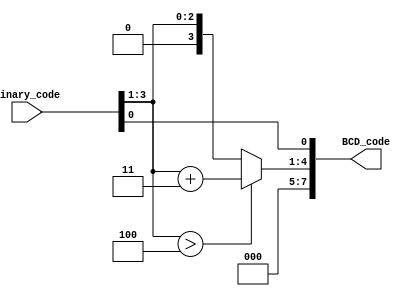
//############################################################################
//++++++++++++++++++++++++++++++++++++++++++++++++++++++++++++++++++++++++++++
//   Module Name : B2BCD_IP
//++++++++++++++++++++++++++++++++++++++++++++++++++++++++++++++++++++++++++++
//############################################################################
module B2BCD_IP
#(parameter WIDTH = 4, parameter DIGIT = 2)   // input width
  ( input      [WIDTH-1:0] Binary_code   ,  // binary
    output reg [4*DIGIT-1:0] BCD_code   ); // bcd {...,thousands,hundreds,tens,ones}
   
integer i,j;

reg [4:0] in1,in2,in3,in4,in5,in6;
wire[4:0] out1,out2,out3,out4,out5,out6;

SA1  M1(.SA_in1(in1), .SA_out1(out1));
SA2  M2(.SA_in2(in2), .SA_out2(out2));
SA3  M3(.SA_in3(in3), .SA_out3(out3));
SA4  M4(.SA_in4(in4), .SA_out4(out4));
SA5  M5(.SA_in5(in5), .SA_out5(out5));
SA6  M6(.SA_in6(in6), .SA_out6(out6));

	
always @(*) 
begin
    for(i=0;i<=DIGIT*4-1;i=i+1) BCD_code[i]=0;
    BCD_code[WIDTH-1:0]=Binary_code;                                   
    for(i=0;i<WIDTH-3;i=i+1)
    begin      
        for(j=0;j<=i/3;j=j+1) 
        begin
            if(BCD_code[WIDTH-i+4*j-:4]>4)
            BCD_code[WIDTH-i+4*j-:4]=BCD_code[WIDTH-i+4*j-:4]+3; 
        end     
    end  
end
endmodule


module SA1 (SA_in1, SA_out1);
input [4:0] SA_in1;
output reg [4:0] SA_out1;
always @(*) 
begin
    if (SA_in1==5) SA_out1=SA_in1 + 3;
    else if(SA_in1==6)  SA_out1=SA_in1+ 3;
    else if(SA_in1==7)  SA_out1=SA_in1 + 3;
    else if(SA_in1==8)  SA_out1=SA_in1 + 3;
    else if(SA_in1==9)  SA_out1=SA_in1 + 3;
    else if(SA_in1==10) SA_out1=SA_in1 + 3;
    else if(SA_in1==11) SA_out1=SA_in1 + 3;
    else if(SA_in1==12) SA_out1=SA_in1 + 3;
    else if(SA_in1==13) SA_out1=SA_in1 + 3;
    else if(SA_in1==14) SA_out1=SA_in1 + 3;
    else if(SA_in1==15) SA_out1=SA_in1 + 3;
    else SA_out1= SA_in1;
end

endmodule

module SA2 (SA_in2, SA_out2);
input [4:0] SA_in2;
output reg [4:0] SA_out2;
always @(*) 
begin
    if (SA_in2==5) SA_out2=SA_in2 + 3;
    else if(SA_in2==6)  SA_out2=SA_in2+ 3;
    else if(SA_in2==7)  SA_out2=SA_in2 + 3;
    else if(SA_in2==8)  SA_out2=SA_in2 + 3;
    else if(SA_in2==9)  SA_out2=SA_in2 + 3;
    else if(SA_in2==10) SA_out2=SA_in2 + 3;
    else if(SA_in2==11) SA_out2=SA_in2 + 3;
    else if(SA_in2==12) SA_out2=SA_in2 + 3;
    else if(SA_in2==13) SA_out2=SA_in2 + 3;
    else if(SA_in2==14) SA_out2=SA_in2 + 3;
    else if(SA_in2==15) SA_out2=SA_in2 + 3;
    else SA_out2= SA_in2;
end

endmodule

module SA3 (SA_in3, SA_out3);
input [4:0] SA_in3;
output reg [4:0] SA_out3;
always @(*) 
begin
    if (SA_in3==5) SA_out3=SA_in3 + 3;
    else if(SA_in3==6)  SA_out3=SA_in3 + 3;
    else if(SA_in3==7)  SA_out3=SA_in3 + 3;
    else if(SA_in3==8)  SA_out3=SA_in3 + 3;
    else if(SA_in3==9)  SA_out3=SA_in3 + 3;
    else if(SA_in3==10) SA_out3=SA_in3 + 3;
    else if(SA_in3==11) SA_out3=SA_in3 + 3;
    else if(SA_in3==12) SA_out3=SA_in3 + 3;
    else if(SA_in3==13) SA_out3=SA_in3+ 3;
    else if(SA_in3==14) SA_out3=SA_in3+ 3;
    else if(SA_in3==15) SA_out3=SA_in3 + 3;
    else SA_out3= SA_in3;
end

endmodule

module SA4 (SA_in4, SA_out4);
input [4:0] SA_in4;
output reg [4:0] SA_out4;
always @(*) 
begin
    if (SA_in4==5) SA_out4=SA_in4 + 3;
    else if(SA_in4==6)  SA_out4=SA_in4 + 3;
    else if(SA_in4==7)  SA_out4=SA_in4 + 3;
    else if(SA_in4==8)  SA_out4=SA_in4 + 3;
    else if(SA_in4==9)  SA_out4=SA_in4 + 3;
    else if(SA_in4==10) SA_out4=SA_in4 + 3;
    else if(SA_in4==11) SA_out4=SA_in4 + 3;
    else if(SA_in4==12) SA_out4=SA_in4 + 3;
    else if(SA_in4==13) SA_out4=SA_in4 + 3;
    else if(SA_in4==14) SA_out4=SA_in4 + 3;
    else if(SA_in4==15) SA_out4=SA_in4 + 3;
    else SA_out4= SA_in4;
end

endmodule

module SA5 (SA_in5, SA_out5);
input [4:0] SA_in5;
output reg [4:0] SA_out5;
always @(*) 
begin
    if (SA_in5==5) SA_out5=SA_in5 + 3;
    else if(SA_in5==6)  SA_out5=SA_in5 + 3;
    else if(SA_in5==7)  SA_out5=SA_in5 + 3;
    else if(SA_in5==8)  SA_out5=SA_in5 + 3;
    else if(SA_in5==9)  SA_out5=SA_in5 + 3;
    else if(SA_in5==10) SA_out5=SA_in5 + 3;
    else if(SA_in5==11) SA_out5=SA_in5 + 3;
    else if(SA_in5==12) SA_out5=SA_in5 + 3;
    else if(SA_in5==13) SA_out5=SA_in5 + 3;
    else if(SA_in5==14) SA_out5=SA_in5 + 3;
    else if(SA_in5==15) SA_out5=SA_in5 + 3;
    else SA_out5= SA_in5;
end

endmodule

module SA6 (SA_in6, SA_out6);
input [4:0] SA_in6;
output reg [4:0] SA_out6;
always @(*) 
begin
    if (SA_in6==5) SA_out6=SA_in6 + 3;
    else if(SA_in6==6)  SA_out6=SA_in6 + 3;
    else if(SA_in6==7)  SA_out6=SA_in6 + 3;
    else if(SA_in6==8)  SA_out6=SA_in6 + 3;
    else if(SA_in6==9)  SA_out6=SA_in6 + 3;
    else if(SA_in6==10) SA_out6=SA_in6 + 3;
    else if(SA_in6==11) SA_out6=SA_in6 + 3;
    else if(SA_in6==12) SA_out6=SA_in6 + 3;
    else if(SA_in6==13) SA_out6=SA_in6 + 3;
    else if(SA_in6==14) SA_out6=SA_in6 + 3;
    else if(SA_in6==15) SA_out6=SA_in6 + 3;
    else SA_out6= SA_in6;
end

endmodule